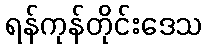
ရန်ကုန်တိုင်းဒေသ